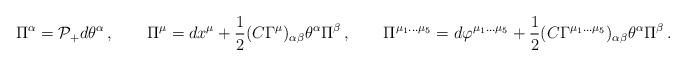
LaTeX: \begin{align*}\Pi^\alpha = \mathcal{P}_+ d \theta^\alpha \, , \qquad\Pi^\mu = dx^\mu + {1\over2} (C\Gamma^\mu)_{\alpha\beta} \theta^\alpha \Pi^\beta\, , \qquad\Pi^{\mu_1\dots \mu_5} = d \varphi^{\mu_1\dots \mu_5} +{1\over2} (C\Gamma^{\mu_1\dots \mu_5})_{\alpha\beta} \theta^\alpha\Pi^\beta\, .\end{align*}